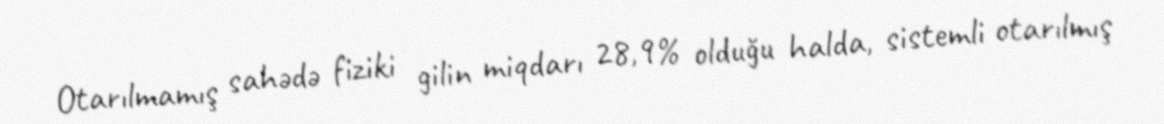
Otarılmamış sahədə fiziki gilin miqdarı 28,9% olduğu halda, sistemli otarılmış